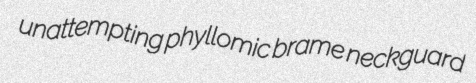
unattempting phyllomic brame neckguard